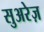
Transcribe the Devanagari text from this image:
सुअरेज़